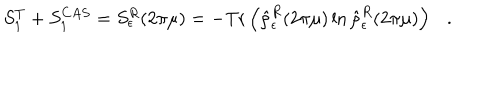
S _ { 1 } ^ { T } + S _ { 1 } ^ { C A S } = S _ { \epsilon } ^ { R } ( 2 \pi \mu ) = - \mathrm { T r } \left( \hat { \rho } _ { \epsilon } ^ { R } ( 2 \pi \mu ) \ln \hat { \rho } _ { \epsilon } ^ { R } ( 2 \pi \mu ) \right) .